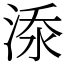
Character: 𣷹